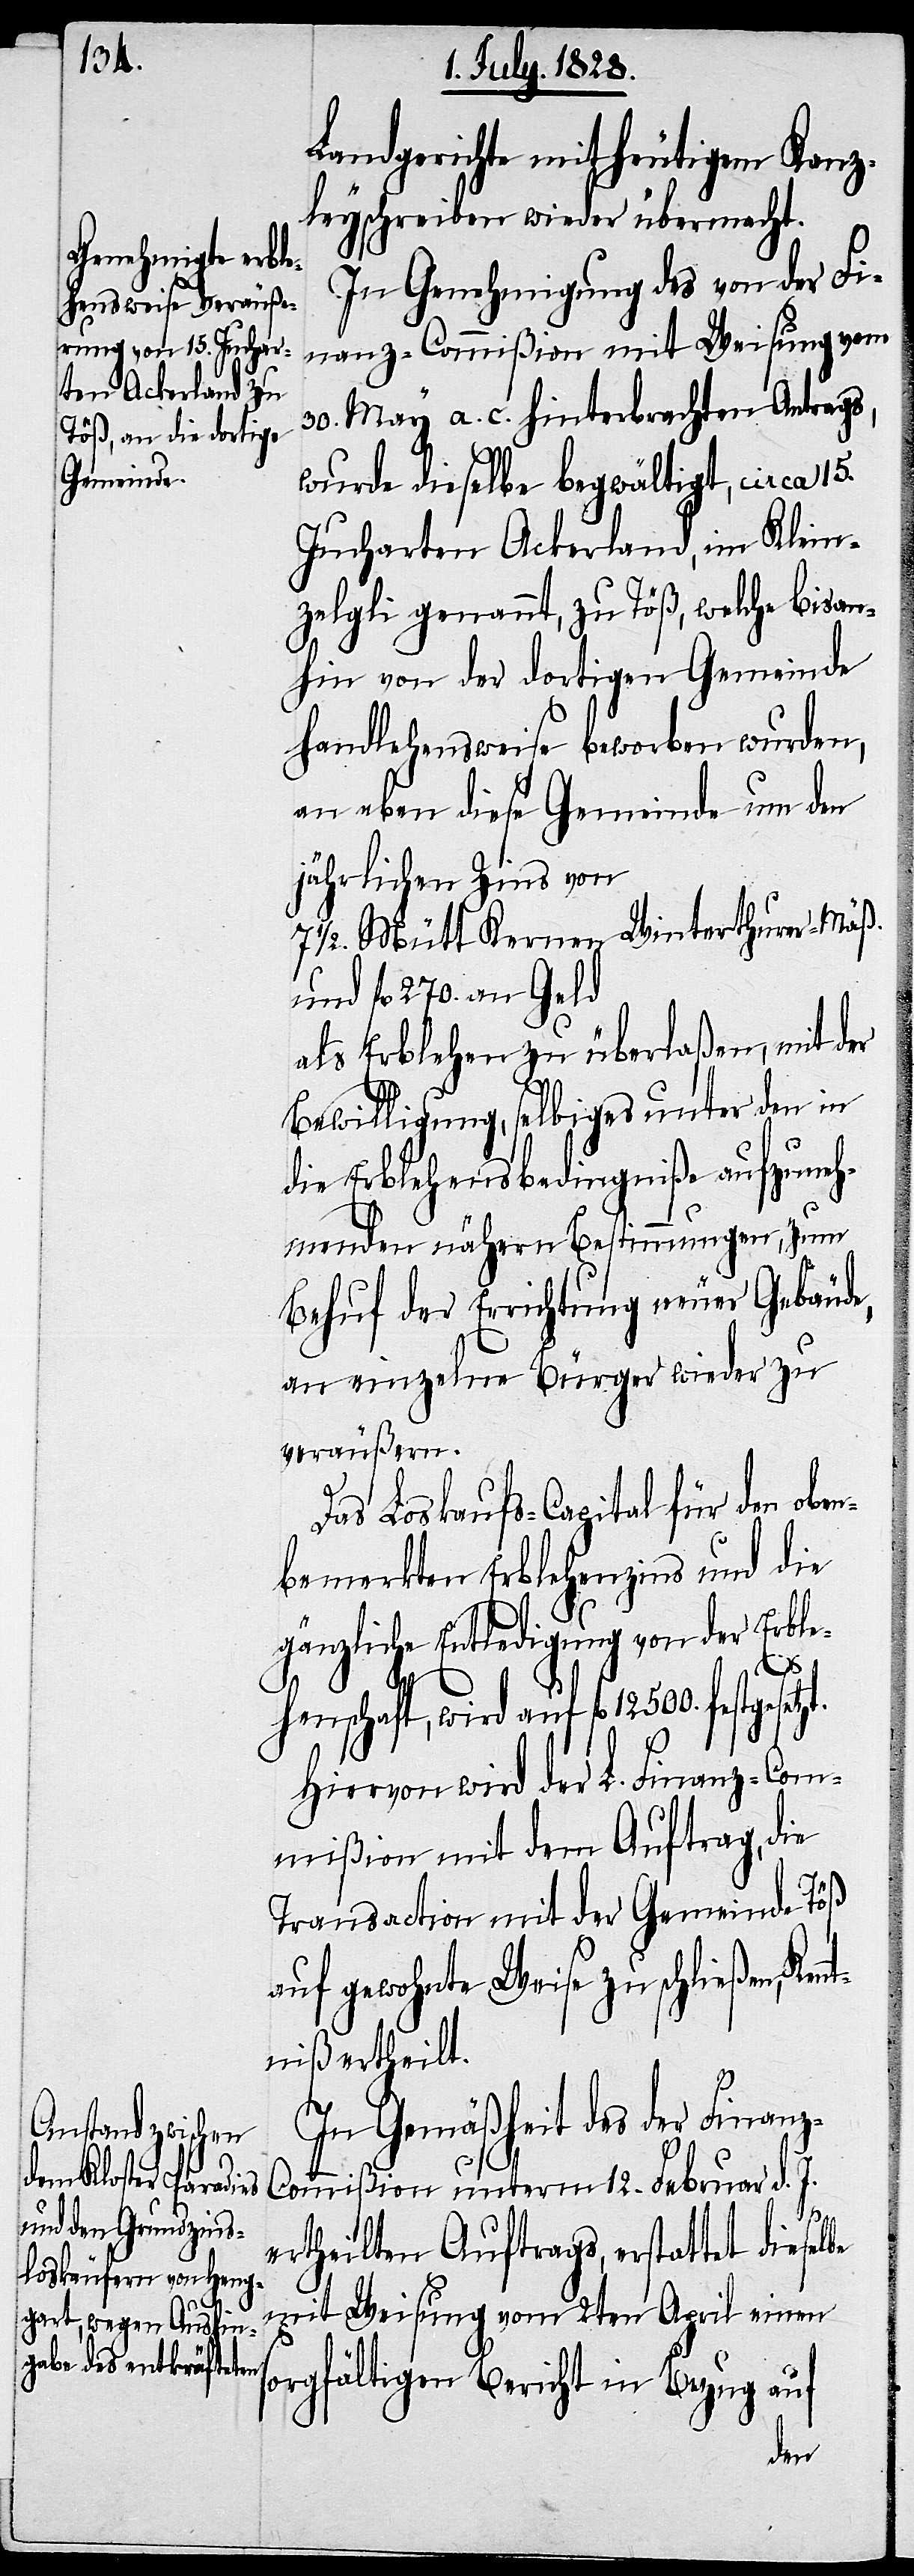
Landgerichte mit heutigem Kanz¬
leyschreiben wieder übermacht.
In Genehmigung des von der Fi¬
nanz-Commißion mit Weisung vom
30. May a. c. hinterbrachten Antrags,
wurde dieselbe begwältigt, circa 15.
Jucharten Ackerland, im Klein¬
zelgli genannt, zu Töß, welche bisan¬
hin von der dortigen Gemeinde
handlehensweise beworben wurden,
an eben diese Gemeinde um den
jährlichen Zins von
71/2. Mütt Kernen Winterthurer-Mäß.
und fl. 270. an Geld
als Erblehen zu überlaßen, mit der
Bewilligung, selbiges unter den in
die Erblehensbedingniße aufzuneh¬
menden nähern Bestimmungen, zum
Behuf der Errichtung neuer Gebäude,
an einzelne Bürger wieder zu
veräußern.
Das Loskaufs-Capital für den obe¬
nbemerkten Erblehenszins und die
gänzliche Entledigung von der Erble¬
be
henschaft, wird auf fl. 12 500. festgesetz¬
Hiervon wird der L. Finanz-Com¬
mißion mit dem Auftrag, die
Transaction mit der Gemeinde Töß
auf gewohnte Weise zu schließen, Ken¬
ntniß ertheilt.
In Gemäßheit des der Finan¬
ommißion unterm 12. Februar d. J.
ertheilten Auftrags, erstattet diesel¬
mit Weisung vom 2ten April einen
sorgfältigen Bericht in Bezug auf